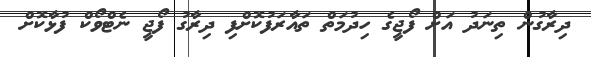
ދިރާގުން ތިނަދު އަށް ފޯޖީގެ ހިދުމަތް ތައާރަފުކޮށްފި ދިރާގު ފޯޖީ ނެޓްވޯކް ފުޅާކޮށް